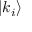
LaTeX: | k _ { i } \rangle